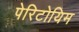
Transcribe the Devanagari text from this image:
पेरिटोयिम